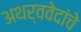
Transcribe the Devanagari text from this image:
अथर्ववेदांचे